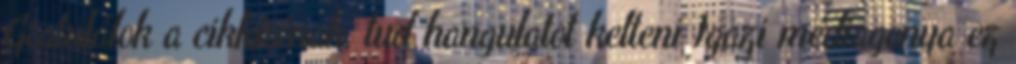
Gratulálok a cikkírónak, tud hangulatot kelteni Igazi médiagenya ez